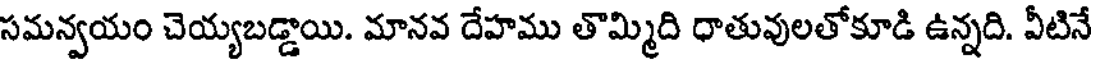
సమన్వయం చెయ్యబడ్డాయి. మానవ దేహము తొమ్మిది ధాతువులతోకూడి ఉన్నది. వీటినే